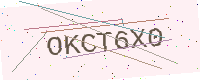
Text: OKCT6X0